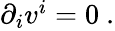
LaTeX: \begin{array}{r}{\partial_{i}v^{i}=0\ .}\end{array}